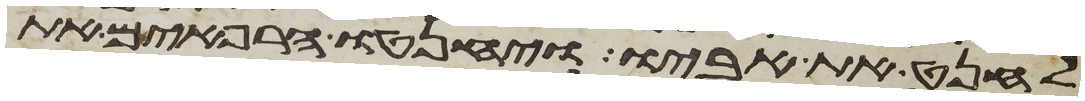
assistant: לחנט את אביו ויחנטו הרפאים את